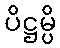
ပိဋ္ဌမ္ပိ